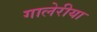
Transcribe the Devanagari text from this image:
गालेरीया